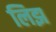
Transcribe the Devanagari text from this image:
लिझ